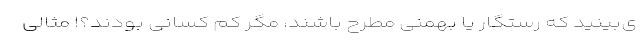
ی‌بینید که رستگار یا بهمنی مطرح باشند، مگر کم کسانی بودند؟! مثالی